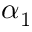
\alpha _ { 1 }